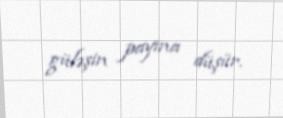
güləşin payına düşür.